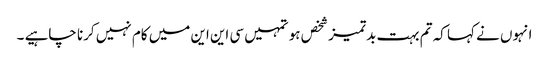
انہوں نے کہا کہ تم بہت بدتمیز شخص ہو تمہیں سی این این میں کام نہیں کرنا چاہیے ۔